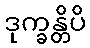
ဒုက္ခန္တိပိ